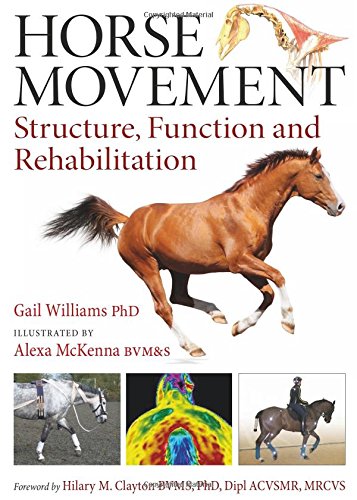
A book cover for Horse Movement: Structure, Function and Rehabilitation; Gail Williams; Medical Books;